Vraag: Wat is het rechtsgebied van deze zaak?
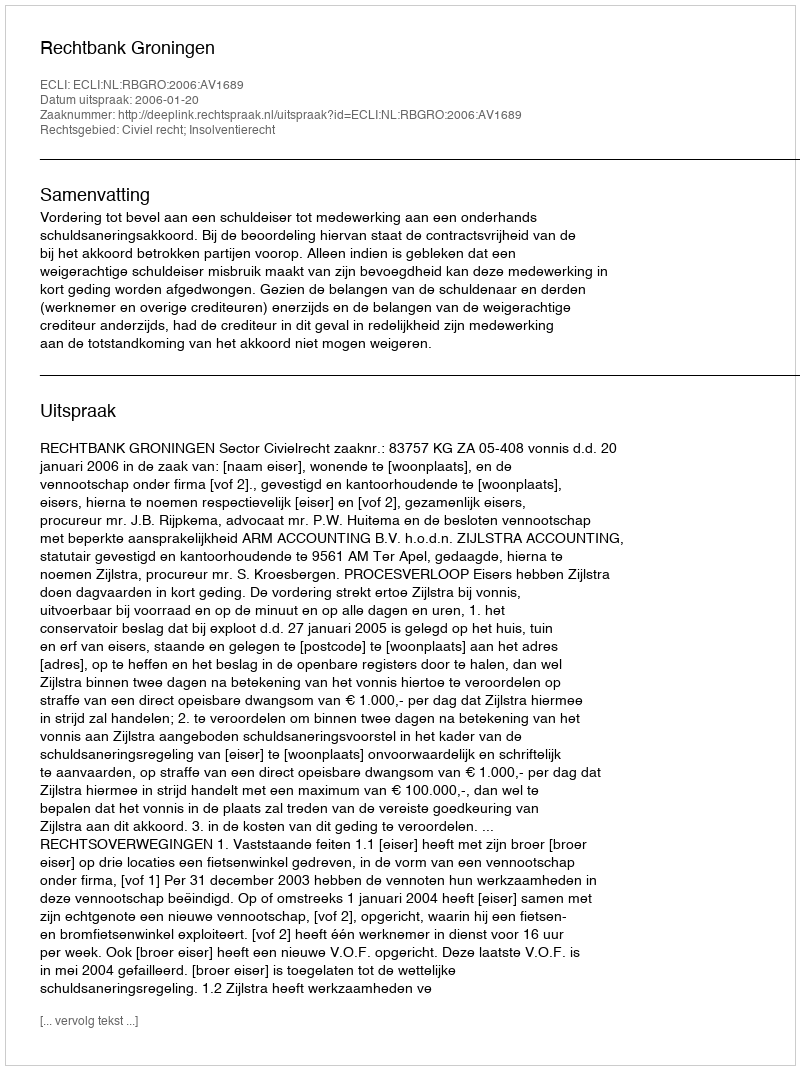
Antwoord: Civiel recht; Insolventierecht